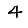
Digit: 4